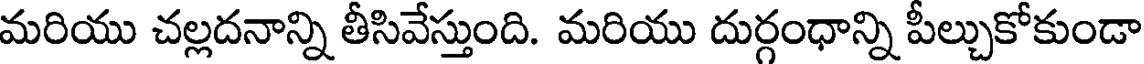
మరియు చల్లదనాన్ని తీసివేస్తుంది. మరియు దుర్గంధాన్ని పీల్చుకోకుండా